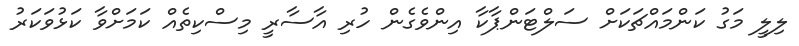
ލިލީ މަގު ކަންމައްޗަކަށް ސަލްޓަންޕާކާ އިންވެގެން ހުރި އާސާރީ މިސްކިތެއް ކަމަށްވާ ކަޅުވަކަރު